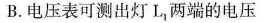
B.电压表可测出灯L_{1}，两端的电压